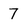
Character: 7